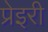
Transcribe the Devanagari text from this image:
प्रेइरी